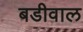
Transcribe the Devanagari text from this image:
बडीवाल